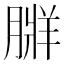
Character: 𦟃